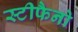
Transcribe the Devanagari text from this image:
स्टीफैनो